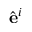
{ \hat { \mathbf { e } } } ^ { i }